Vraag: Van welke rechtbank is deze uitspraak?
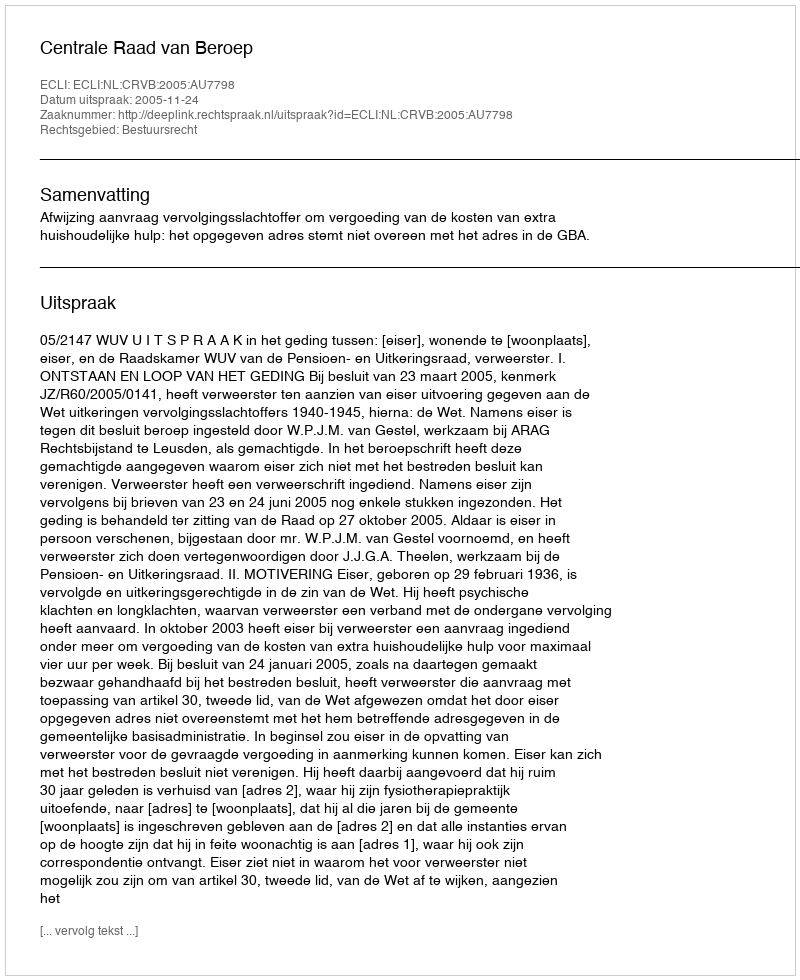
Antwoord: Centrale Raad van Beroep